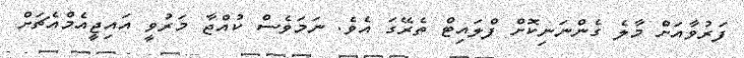
ފަރުވާއަށް މާލެ ގެންނަނިކޮށް ފްލައިޓް ތެރޭގަ އެވެ. ނަމަވެސް ކުއްޖާ މަރުވީ އައިޖީއެމްއެޗަށް